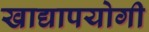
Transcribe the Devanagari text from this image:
खाद्यापयोगी